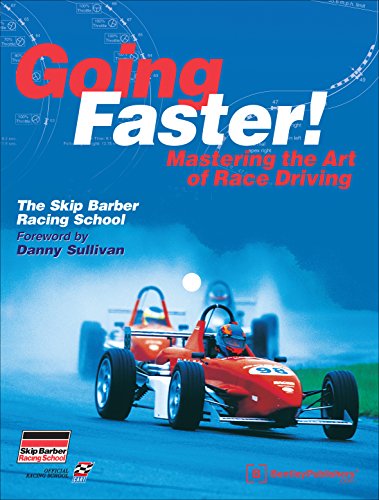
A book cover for Going Faster! Mastering the Art of Race Driving; Carl Lopez; Engineering & Transportation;